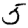
Digit: 5